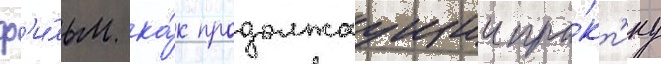
ф'и́льм ка́к продолжаущии пра́кт'ику